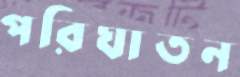
পরিঘাতন